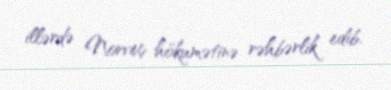
illərdə Norveç hökumətinə rəhbərlik edib.